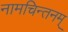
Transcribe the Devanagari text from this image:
नामचिन्तनम्